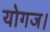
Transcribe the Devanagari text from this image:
योगज।